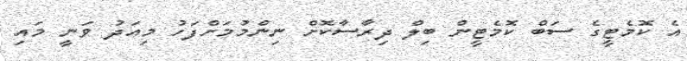
އެ ކޮމެޓީގެ ސަބް ކޮމެޓީން ބިލް ދިރާސާކޮށް ނިންމުމަށްފަހު މިއަދު ވަނީ މައި